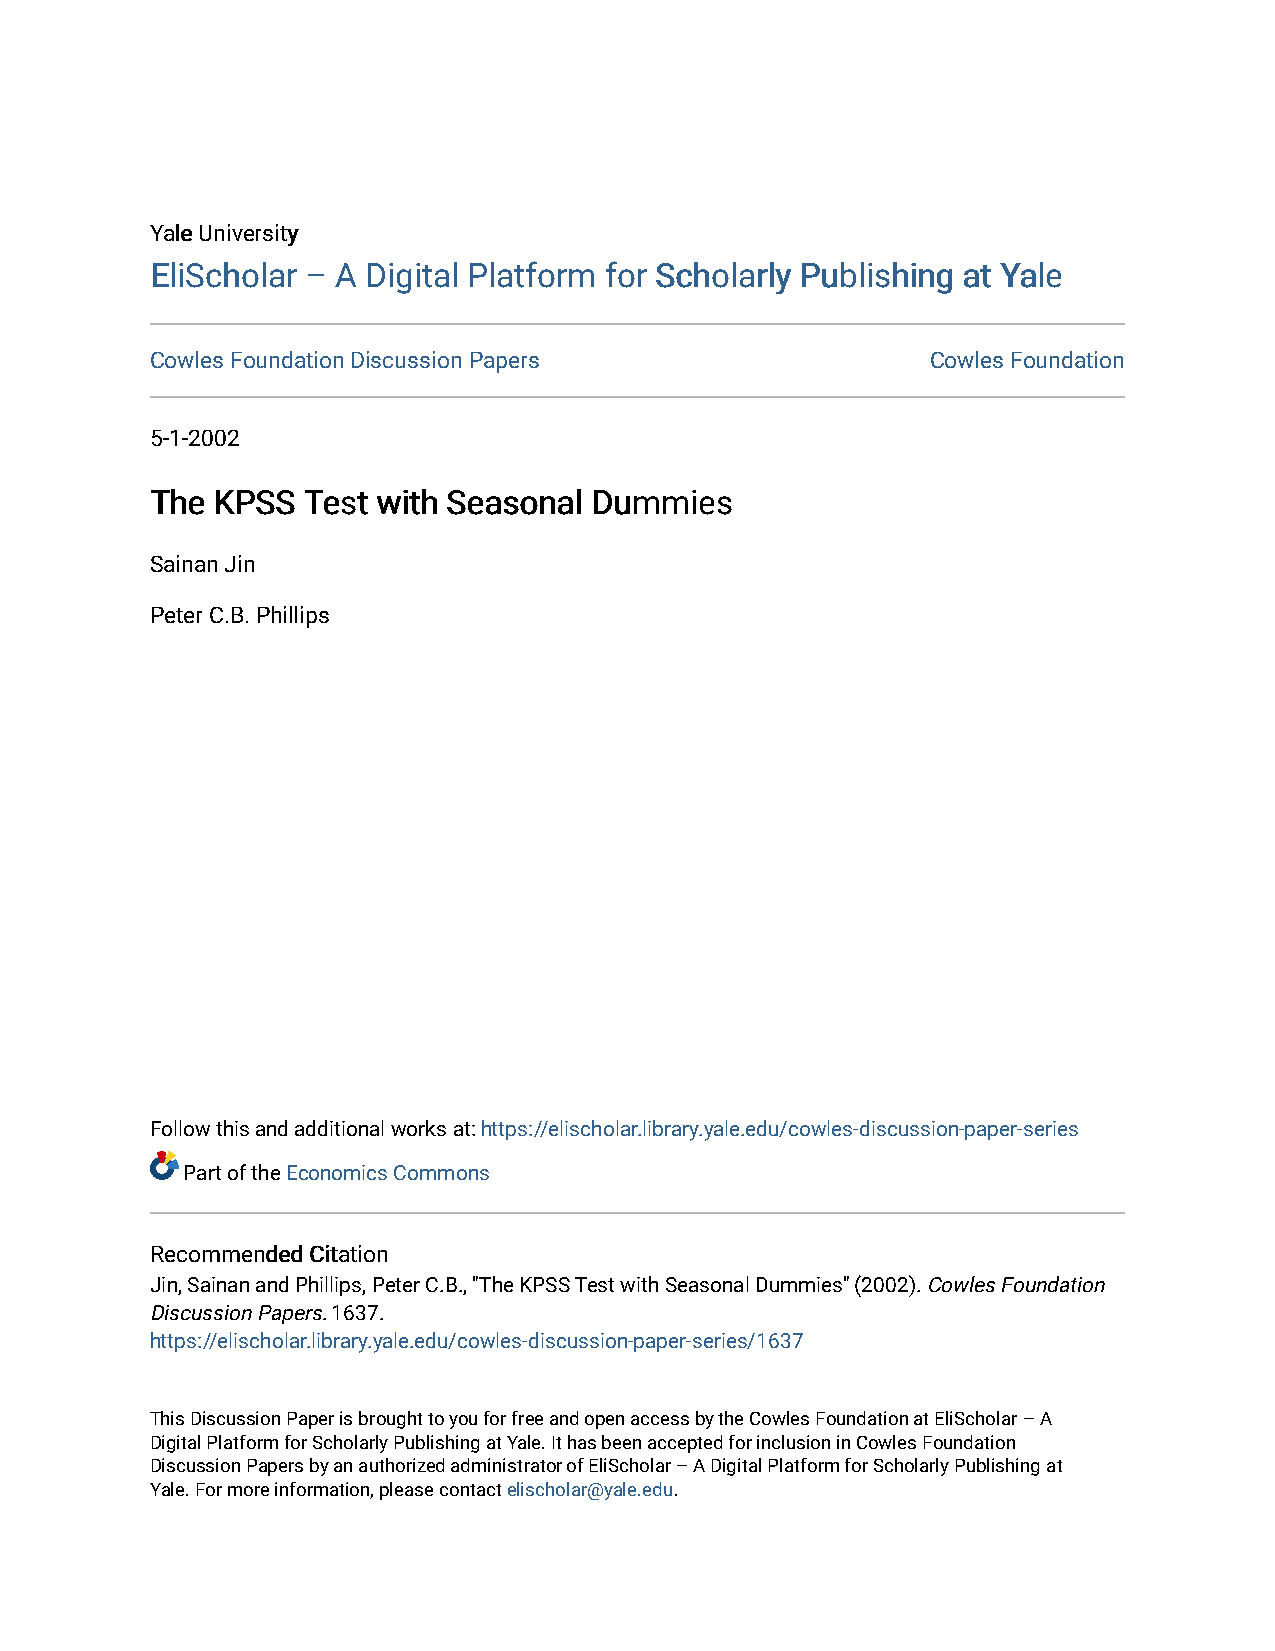
YYaallee UUnniivveerrssiittyy
 EElliiSScchhoollaarr –– AA DDiiggiittaall PPllaattffoorrmm ffoorr SScchhoollaarrllyy PPuubblliisshhiinngg aatt YYaallee
 Cowles Foundation Discussion Papers                 Cowles Foundation
 5-1-2002
 TThhee KKPPSSSS TTeesstt wwiitthh SSeeaassoonnaall DDuummmmiieess
 Sainan Jin
 Peter C.B. Phillips
 Follow this and additional works at: https://elischolar.library.yale.edu/cowles-discussion-paper-series
 Part of the Economics Commons
 RReeccoommmmeennddeedd CCiittaattiioonn
 Jin, Sainan and Phillips, Peter C.B., "The KPSS Test with Seasonal Dummies" (2002). Cowles Foundation
 Discussion Papers. 1637.
 https://elischolar.library.yale.edu/cowles-discussion-paper-series/1637
 This Discussion Paper is brought to you for free and open access by the Cowles Foundation at EliScholar – A
 Digital Platform for Scholarly Publishing at Yale. It has been accepted for inclusion in Cowles Foundation
 Discussion Papers by an authorized administrator of EliScholar – A Digital Platform for Scholarly Publishing at
 Yale. For more information, please contact elischolar@yale.edu.